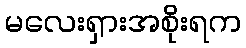
မလေးရှားအစိုးရက